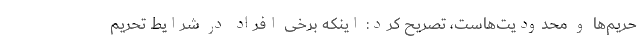
حریم‌ها و محدودیت‌هاست، تصریح کرد: اینکه برخی افراد در شرایط تحریم